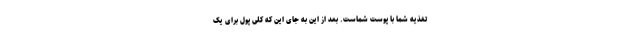
تغذیه شما با پوست شماست. بعد از این به جای این که کلی پول برای یک